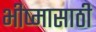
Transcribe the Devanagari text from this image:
भीष्मासाठी